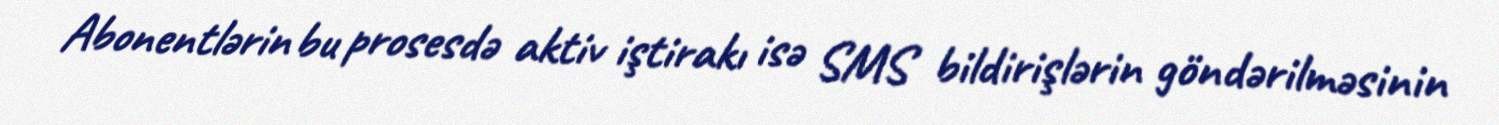
Abonentlərin bu prosesdə aktiv iştirakı isə SMS bildirişlərin göndərilməsinin